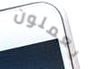
يعملون